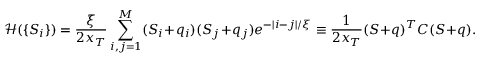
\mathcal { H } ( \{ S _ { i } \} ) = \frac { \xi } { 2 x _ { T } } \sum _ { i , j = 1 } ^ { M } ( S _ { i } + q _ { i } ) ( S _ { j } + q _ { j } ) e ^ { - | i - j | / \xi } \equiv \frac { 1 } { 2 x _ { T } } ( S + q ) ^ { T } C ( S + q ) .